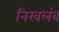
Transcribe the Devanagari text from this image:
निरवलंब